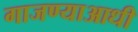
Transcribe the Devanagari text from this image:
गाजण्याआधी